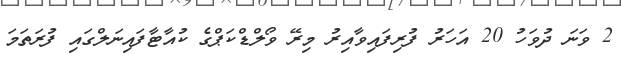
2 ވަނަ ދުވަހު 20 އަހަރު ފުރިފައިވާއިރު މިރޭ ވޯލްޑްކަޕްގެ ކުއާޓާފައިނަލްގައި ފުރަތަމަ